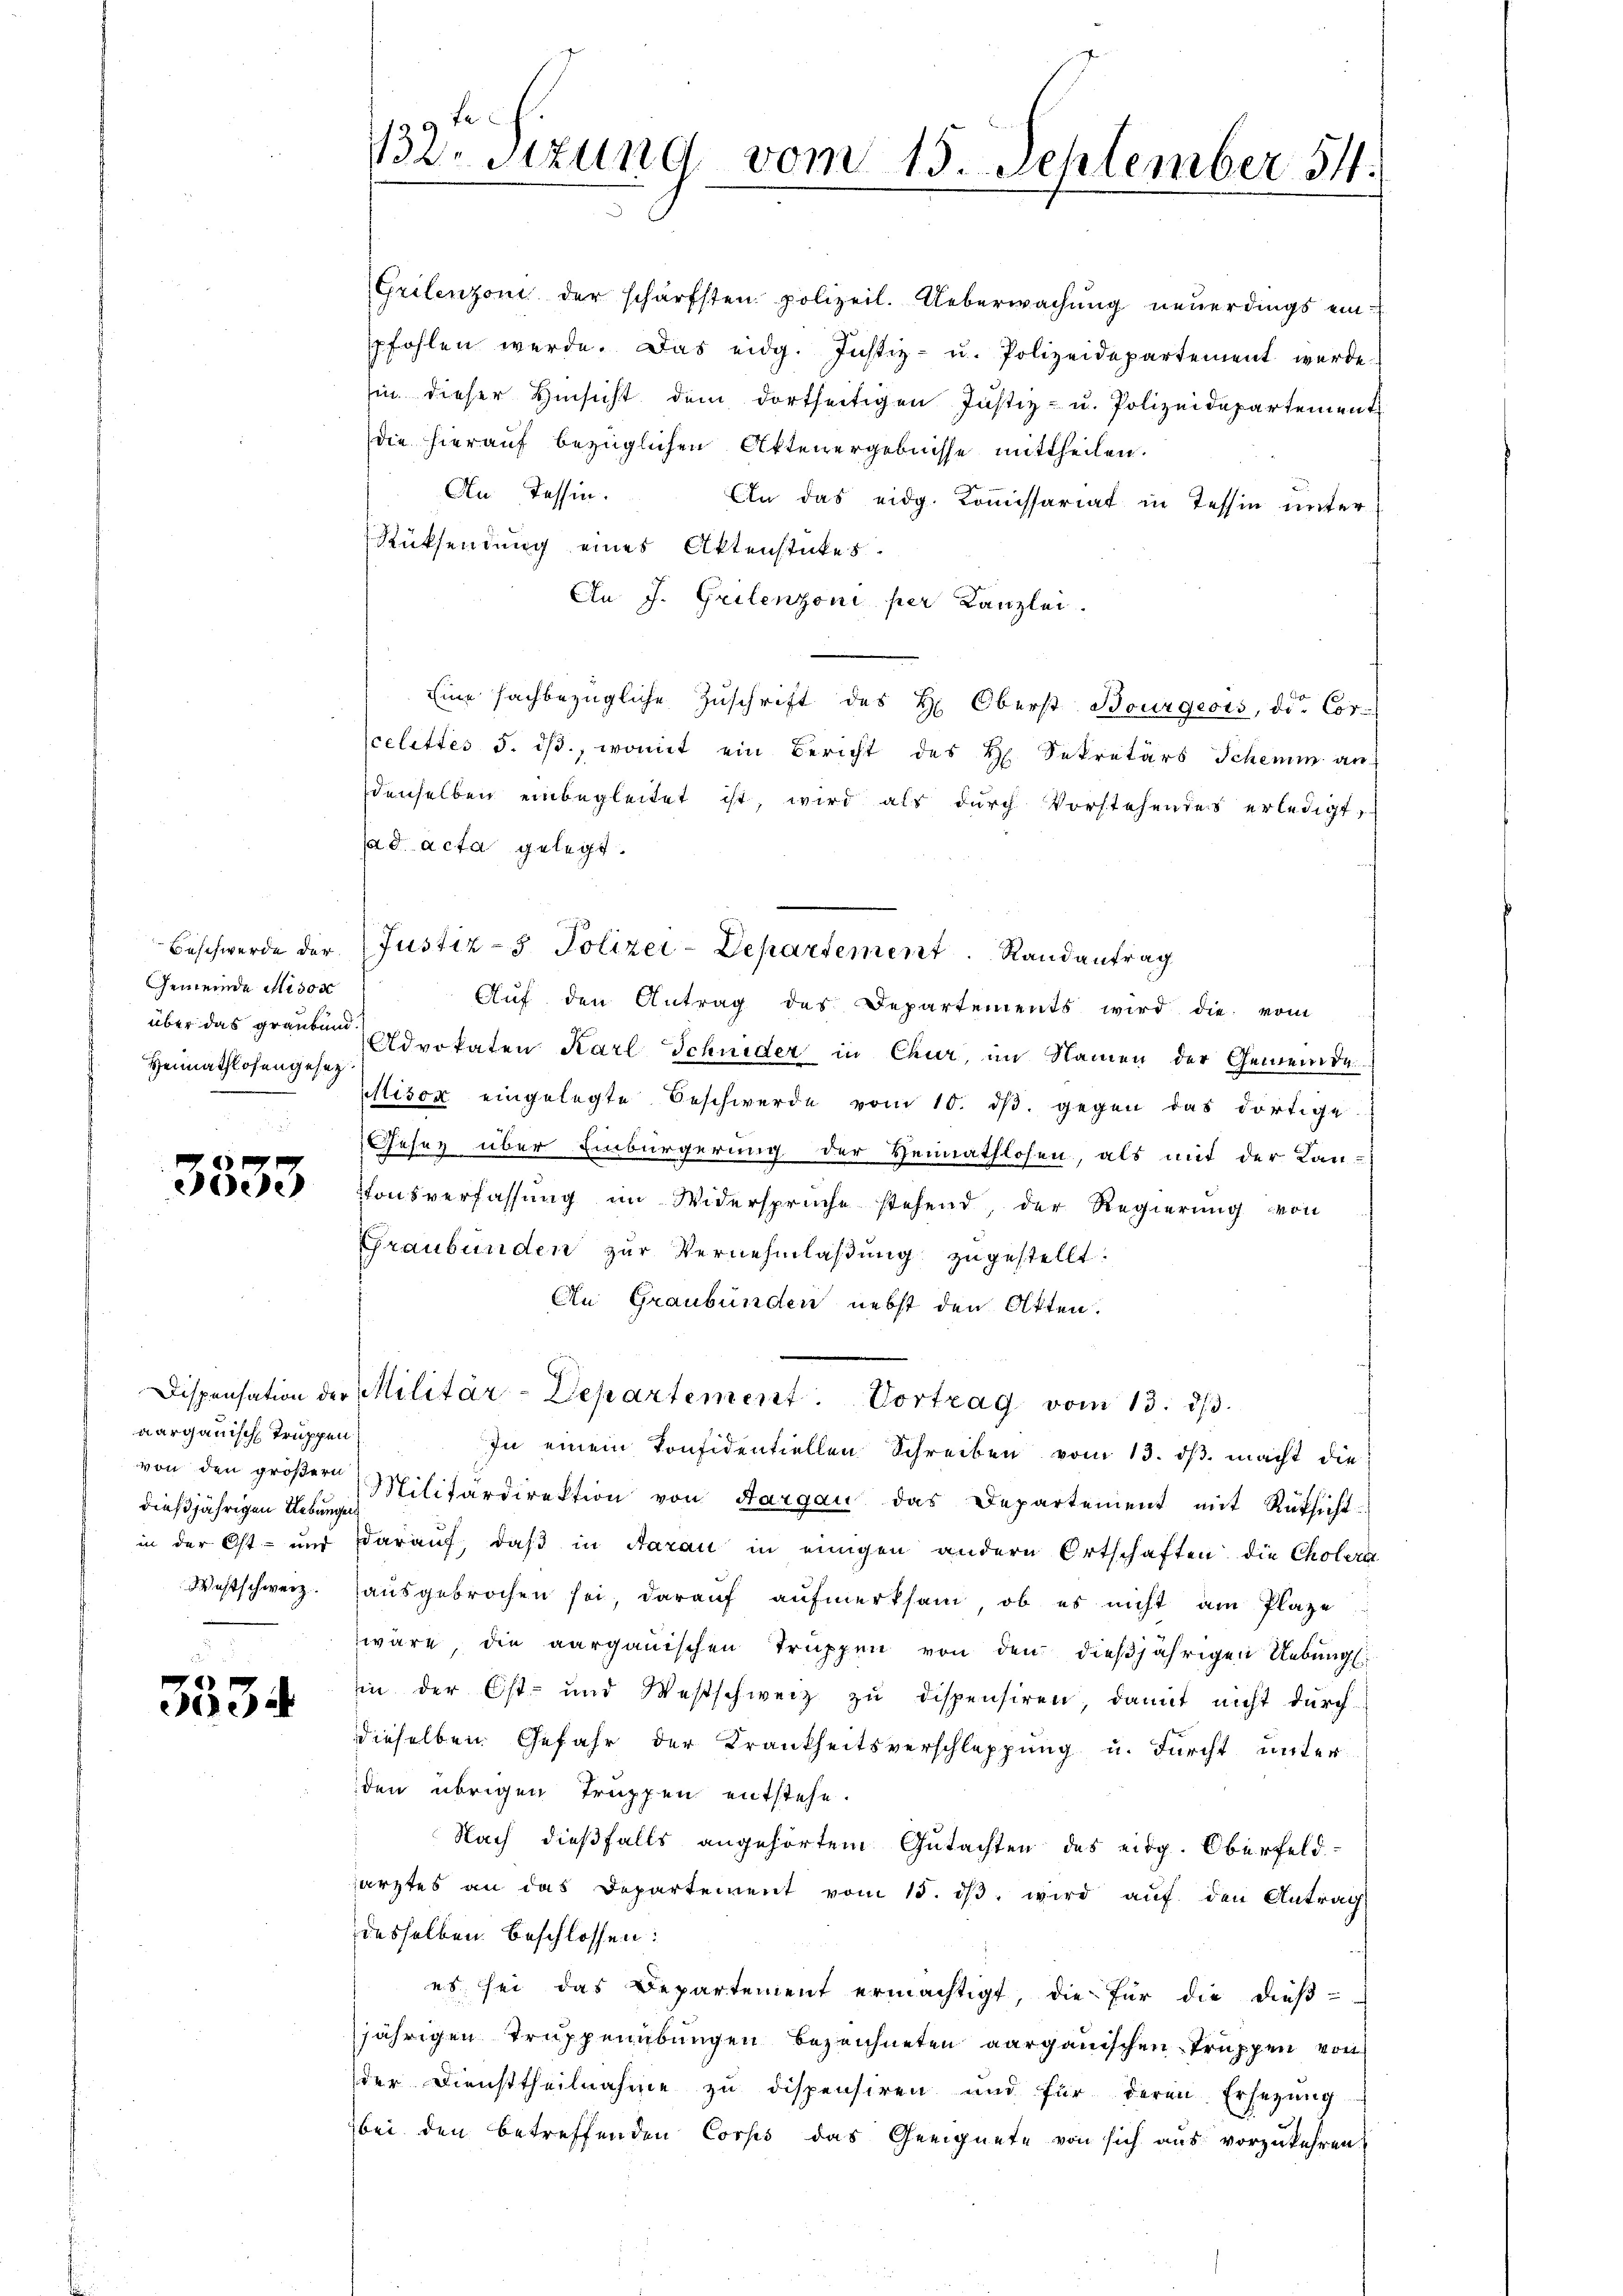
Gemeinde Misox
Heimathlosengesetz

3333

aargauisch Truppen
dießjährigen Uebungen

3534

Grilenzoni der schärfsten polizeil. Ueberwachung neuerdings einpfohlen werde. Das eidg. Justiz- u. Polizeidepartement werde.
sin dieser Hinsicht dem dortseitigen Justiz- u. Polizeidepartement
die hierauf bezüglichen Aktenergebnisse mittheilen.
An Tessin.
An das eidg. Komissariat in Tessin unter
Rücksendung eines Aktenstückes.
An J. Grilenzoni per Kanzlei.
Eine sachbezügliche Zuschrift des H. Oberst Bourgests, die Corcelettes 5. ds., womit ein Bericht des H. Sekretärs Schemm au
denselben einbegleitet ist, wird als dŭrch Vorstehendes erledigt,
ad acta gelegt.
Beschwerde der Justiz- & Polizei-Departement Randantrag
Aŭf den Antrag des Departements wird die vom
über das grauben Advokaten Karl Schnider in Chur, im Namen der Gemeinde
Misor eingelegte Beschwerde vom 10. dβ. gegen das dortige
Gesez über Einbürgerung der Heimathlosen, als mit der Lan-
tonsverfassung im Widersprüche stehend, der Regierung von
Graubünden zur Vernehmlaßung zugestellt:
An Graubünden nebst den Otten.
Dispensation der Militär-Departement. Vortrag vom 13. d.
In einem Konfidentiellen Schreiben vom 13. dβ. macht die
von den gröβer Militärdirektion von Aargau das Departement mit Rüksicht
in der Ost- und darauf, daß in Aarau in einigen andern Ortschaften die Cholera
Westschweiz. Haŭsgebrochen sei, daraŭf aŭfmerksam, ob es nicht am Plaze
wäre, die aargauischen Truppen von den dießjährigen Uebungsin der Ost- und Westschweiz zŭ dispensiren, damit nicht durch
dieselben Gefahr der Krankheitsverschleppung u. Furcht unter
den übrigen Truppen entstehe.
Nach dießfalls angehörtem Gutachten des eidg. Oberfeld-
särztes an das Departement vom 15. dβ wird aŭf den Antrag
desselben beschlossen:
es sei das Departement ermächtigt, die für die dieß-
jährigen Truppenübungen bezeichneten aargauischen Truppen von
der Diensttheilnahme zu dispensiren und für deren Ersezung
bei den betreffenden Corps das Geeignete von sich aus vorzukehren.

12. Sitzung vom 15. September 54.